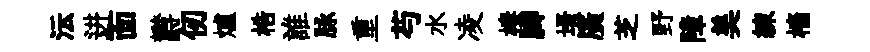
沄进靣欝仞爐梏誰脉重芍水凌棲脚壻廣芝野障美練檣